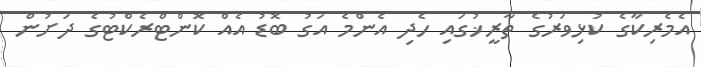
އެމެރިކާގެ ކުޅިވަރުގެ ތާރީޚުގައި ހެދި އެންމެ އަގު ބޮޑު އެއް ކޮންޓްރެކްޓުގެ ދަށުން